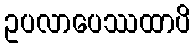
ဥပလာပေဿထာပိ